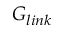
G _ { l i n k }